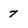
Character: 7